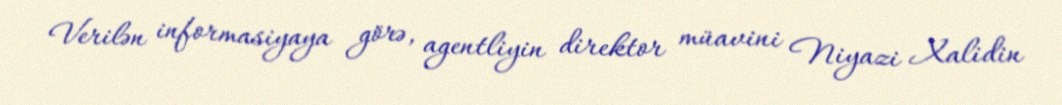
Verilən informasiyaya görə, agentliyin direktor müavini Niyazi Xalidin